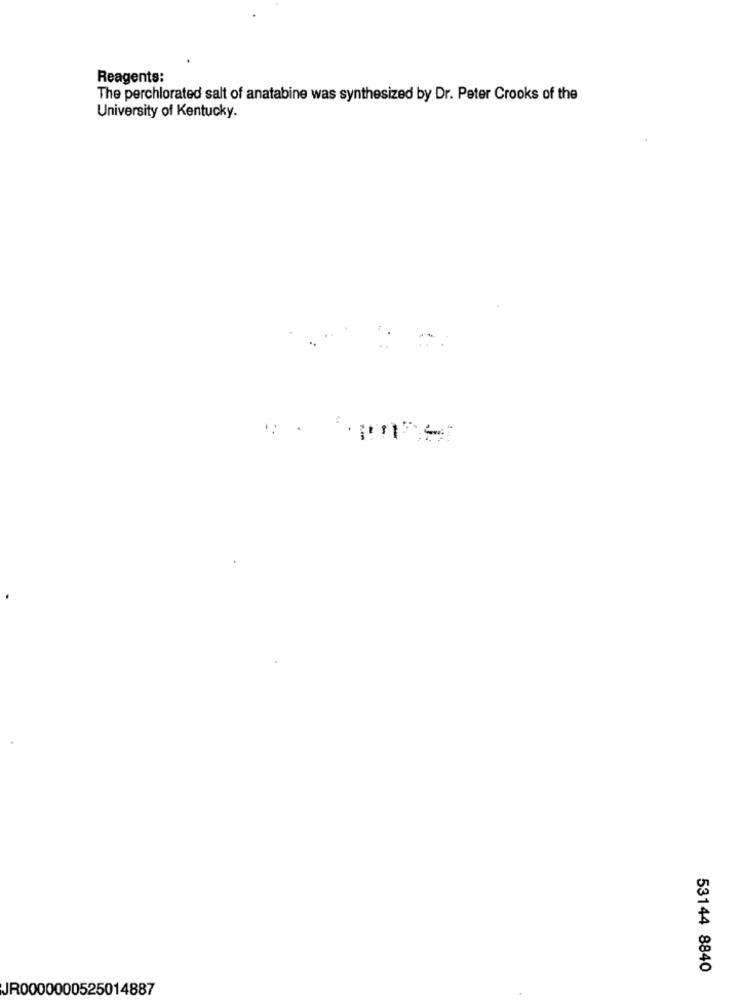
Reagents:
The perchlorated salt of anatabine was synthesized by Dr. Peter Crooks of the
University of Kentucky.
53144 8840
JR0000000525014887